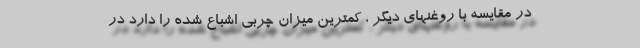
در مقایسه با روغنهای دیگر ، کمترین میزان چربی اشباع شده را دارد در